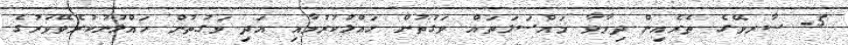
5- ސާރވޭގެ ތެރެއިން ދިމާވާ މައްސަލަތައް ވަގުތުން ހައްލުކުރުމާއި އަދި ވަގުތުން ހައްލުނުކުރެވޭވަރުގެ